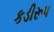
કડીરૂપ